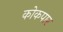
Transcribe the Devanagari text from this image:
कोकपार